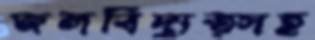
জলবিদ্যুত্সহ